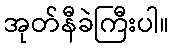
အုတ်နီခဲကြီးပါ။